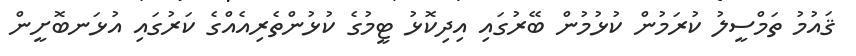
ޤައުމު ތަމްސީލު ކުރަމުން ކުޅުމުން ބޭރުގައި އިދިކޮޅު ޓީމުގެ ކުޅުންތެރިއެއްގެ ކަރުގައި އުޅަނބޮށީން